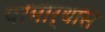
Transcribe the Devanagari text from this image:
परमार्थास